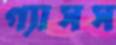
গ্যাসস